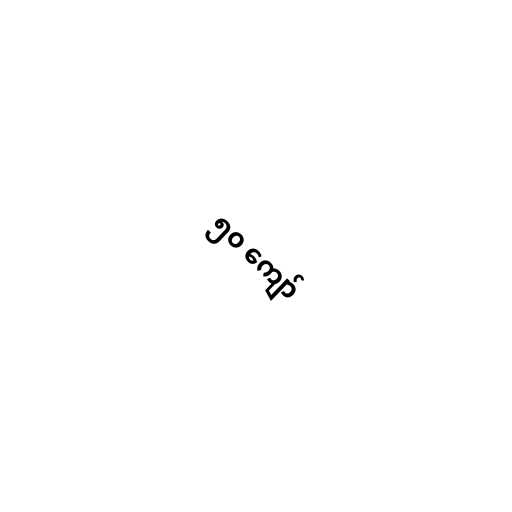
၅၀ ကျော်